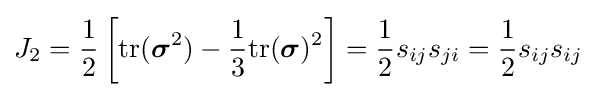
J_{2}={\frac {1}{2}}\left[{\text{tr}}({\boldsymbol {\sigma }}^{2})-{\frac {1}{3}}{\text{tr}}({\boldsymbol {\sigma }})^{2}\right]={\frac {1}{2}}s_{ij}s_{ji}={\frac {1}{2}}s_{ij}s_{ij}